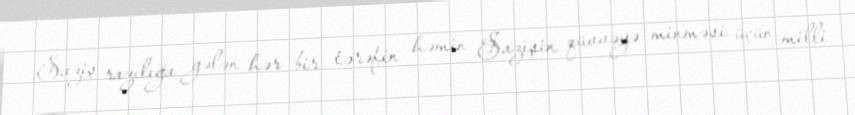
Saziş razılığa gələn hər bir tərəfin həmin Sazişin qüvvəyə minməsi üçün milli